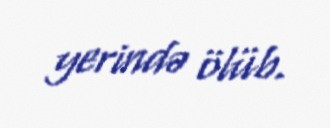
yerində ölüb.